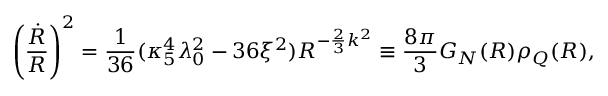
\left( { \frac { \dot { R } } { R } } \right) ^ { 2 } = { \frac { 1 } { 3 6 } } ( \kappa _ { 5 } ^ { 4 } \lambda _ { 0 } ^ { 2 } - 3 6 \xi ^ { 2 } ) R ^ { - { \frac { 2 } { 3 } } k ^ { 2 } } \equiv { \frac { 8 \pi } { 3 } } G _ { N } ( R ) \rho _ { Q } ( R ) ,